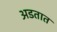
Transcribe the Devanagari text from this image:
अडतात